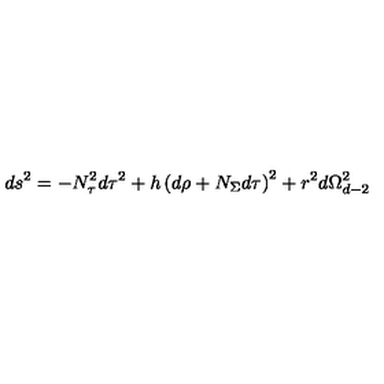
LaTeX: d s ^ { 2 } = - N _ { \tau } ^ { 2 } d \tau ^ { 2 } + h \left( d \rho + N _ { \Sigma } d \tau \right) ^ { 2 } + r ^ { 2 } d \Omega _ { d - 2 } ^ { 2 }